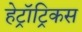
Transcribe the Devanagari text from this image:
हेट्रॉट्रिकस